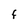
Character: F